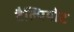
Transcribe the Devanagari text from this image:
टैल्पियोट